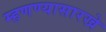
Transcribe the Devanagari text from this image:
म्हणण्यासारखे